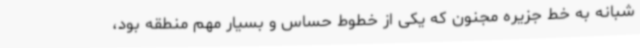
شبانه به خط جزیره مجنون که یکی از خطوط حساس و بسیار مهم منطقه بود،